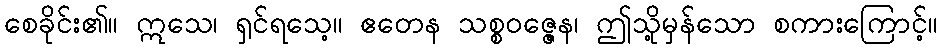
စေခိုင်း၏။ ဣသေ၊ ရှင်ရသေ့။ ဧတေန သစ္စဝဇ္ဇေန၊ ဤသို့မှန်သော စကားကြောင့်။